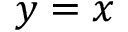
y = x